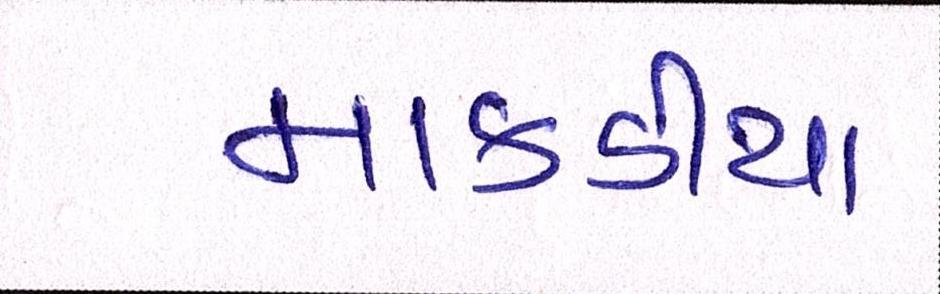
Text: માકડીયા